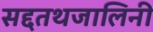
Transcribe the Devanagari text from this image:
सद्दतथजालिनी